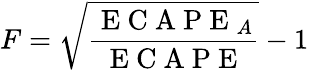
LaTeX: F=\sqrt{\frac{\mathrm{~E~C~A~P~E~}_{A}}{\mathrm{~E~C~A~P~E~}}}-1